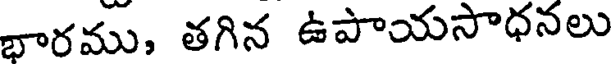
భారము, తగిన ఉపాయసాధనలు